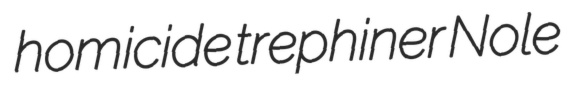
homicide trephiner Nole